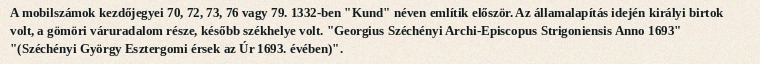
A mobilszámok kezdőjegyei 70, 72, 73, 76 vagy 79. 1332-ben "Kund" néven említik először. Az államalapítás idején királyi birtok volt, a gömöri váruradalom része, később székhelye volt. "Georgius Széchényi Archi-Episcopus Strigoniensis Anno 1693" "(Széchényi György Esztergomi érsek az Úr 1693. évében)".